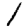
Digit: 1